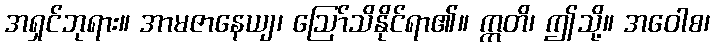
အရှင်ဘုရား။ အာမဇာနေယျ၊ ဩော်သိနိုင်ရာ၏။ ဣတိ၊ ဤသို့။ အဝေါစ၊